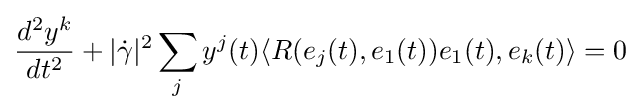
{\frac {d^{2}y^{k}}{dt^{2}}}+|{\dot {\gamma }}|^{2}\sum _{j}y^{j}(t)\langle R(e_{j}(t),e_{1}(t))e_{1}(t),e_{k}(t)\rangle =0